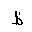
Letter: _za